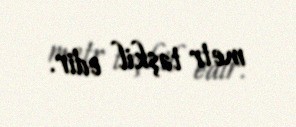
metr təşkil edir.